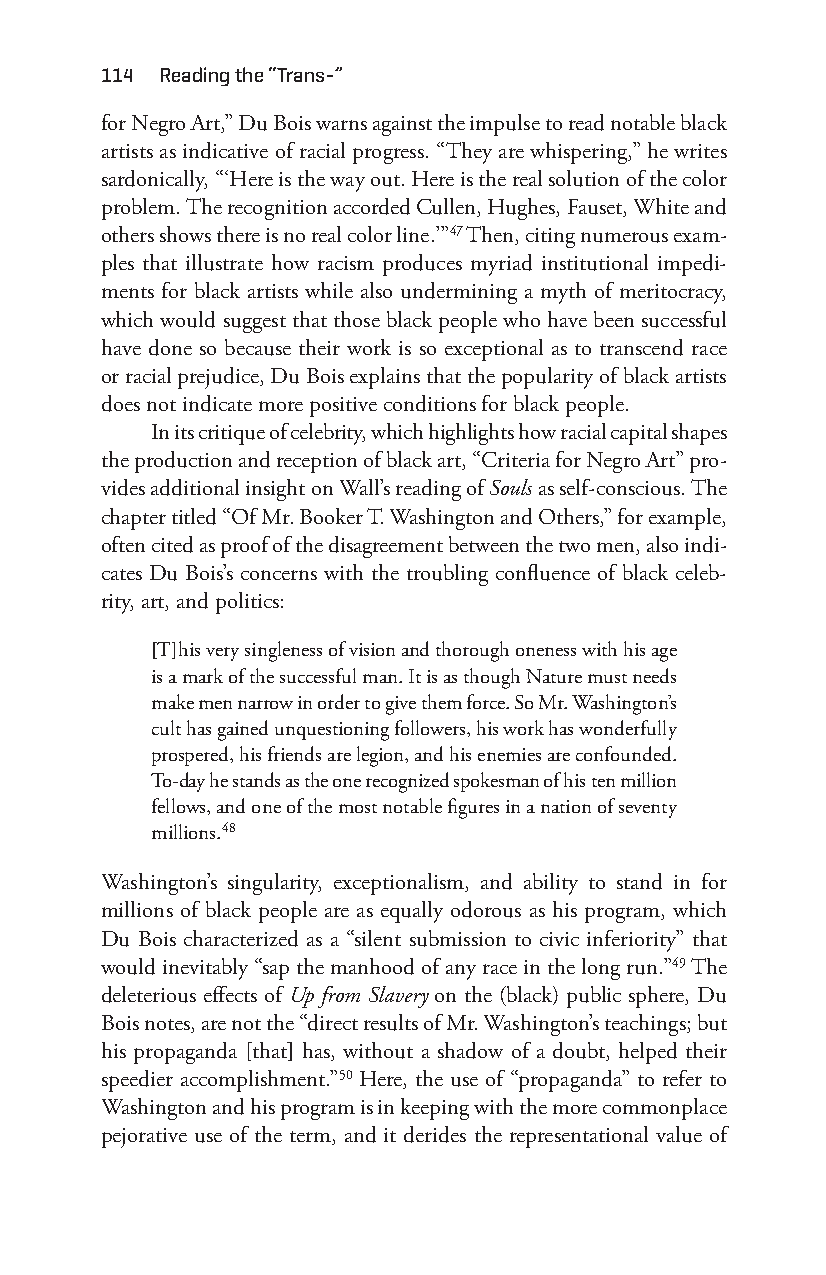
114 reading the “trans-”
 for Negro Art,” Du Bois warns against the impulse to read notable black
 artists as indicative of racial progress. “They are whispering,” he writes
 sardonically, “‘Here is the way out. Here is the real solution of the color
 problem. The recognition accorded Cullen, Hughes, Fauset, White and
 others shows there is no real color line.’”47 Then, citing numerous exam-
 ples that illustrate how racism produces myriad institutional impedi-
 ments for black artists while also undermining a myth of meritocracy,
 which would suggest that those black people who have been successful
 have done so because their work is so exceptional as to transcend race
 or racial prejudice, Du Bois explains that the popularity of black artists
 does not indicate more positive conditions for black people.
 In its critique of celebrity, which highlights how racial capital shapes
 the production and reception of black art, “Criteria for Negro Art” pro-
 vides additional insight on Wall’s reading of Souls as self- conscious. The
 chapter titled “Of Mr. Booker T. Washington and Others,” for example,
 often cited as proof of the disagreement between the two men, also indi-
 cates Du Bois’s concerns with the troubling confluence of black celeb-
 rity, art, and politics:
 [T]his very singleness of vision and thorough oneness with his age
 is a mark of the successful man. It is as though Nature must needs
 make men narrow in order to give them force. So Mr. Washington’s
 cult has gained unquestioning followers, his work has wonderfully
 prospered, his friends are legion, and his enemies are confounded.
 To- day he stands as the one recognized spokesman of his ten million
 fellows, and one of the most notable figures in a nation of seventy
 millions.48
 Washington’s singularity, exceptionalism, and ability to stand in for
 millions of black people are as equally odorous as his program, which
 Du Bois characterized as a “silent submission to civic inferiority” that
 would inevitably “sap the manhood of any race in the long run.”49 The
 deleterious effects of Up from Slavery on the (black) public sphere, Du
 Bois notes, are not the “direct results of Mr. Washington’s teachings; but
 his propaganda [that] has, without a shadow of a doubt, helped their
 speedier accomplishment.”50 Here, the use of “propaganda” to refer to
 Washington and his program is in keeping with the more commonplace
 pejorative use of the term, and it derides the representational value of
 Snorton.indd 114                            29/09/2017 8:41:04 AM